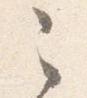
之